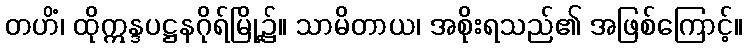
တဟိံ၊ ထိုဣန္ဒပဋ္ဌနဂိုရ်မြို့၌။ သာမိတာယ၊ အစိုးရသည်၏ အဖြစ်ကြောင့်။